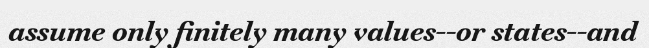
assume only finitely many values--or states--and